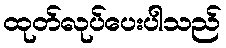
ထုတ်လုပ်ပေးပါသည်